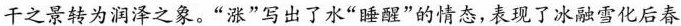
千之景转为润泽之象。“涨”写出了水“睡醒”的情态,表现了冰融雪化后春